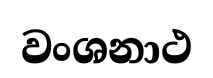
වංශනාථ